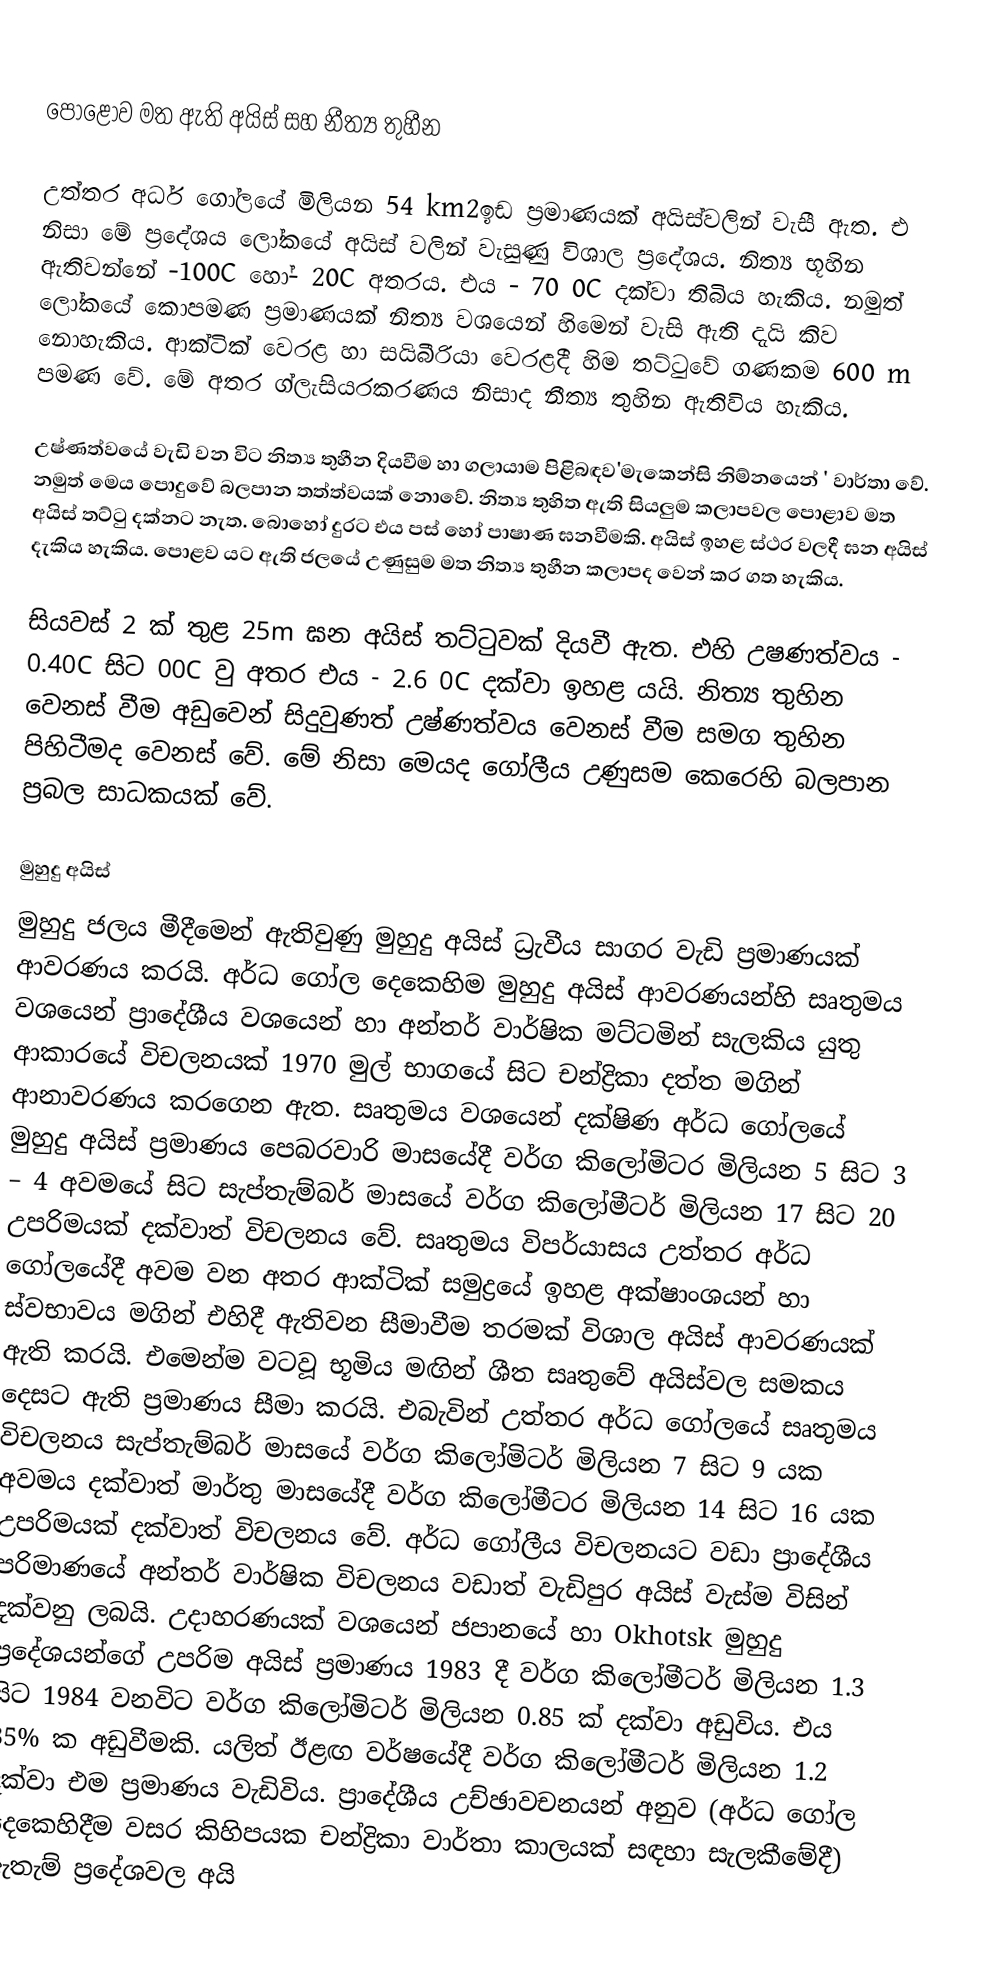

පොළොව මත ඇති අයිස් සහ නීත්‍ය තුහීන

උත්තර අර්ධ ගෝලයේ මිලියන 54 km2ඉඩ ප්‍රමාණයක් අයිස්වලින් වැසී ඇත. එ නිසා මේ ප්‍රදේශය ලෝකයේ අයිස් වලින් වැසුණු විශාල ප්‍රදේශය. නිත්‍ය භූහින ඇතිවන්නේ -100C හෝ- 20C අතරය. එය - 70 0C දක්වා තිබිය හැකිය. නමුත් ලෝකයේ කොපමණ ප්‍රමාණයක් නිත්‍ය වශයෙන් හිමෙන් වැසි ඇති දැයි කිව නොහැකිය. ආක්ටික් වෙරළ හා සයිබීරියා වෙරළදී හිම තට්ටුවේ ගණකම 600 m පමණ වේ. මේ අතර ග්ලැසියරකරණය නිසාද නීත්‍ය තුහින ඇතිවිය හැකිය.

උෂ්ණත්වයේ වැඩි වන විට නිත්‍ය තුහීන දියවීම හා ගලායාම පිළිබඳව'මැකෙන්සි නිම්නයෙන් ' වාර්තා වේ. නමුත් මෙය පොදුවේ බලපාන තත්ත්වයක් නොවේ. නිත්‍ය තුහිත ඇති සියලුම කලාපවල පොළාව මත අයිස් තට්ටු දක්නට නැත. බොහෝ දුරට එය පස් හෝ පාෂාණ ඝනවීමකි. අයිස් ඉහළ ස්ථර වලදී ඝන අයිස් දැකිය හැකිය. පොළව යට ඇති ජලයේ උණුසුම මත නිත්‍ය තුහීන කලාපද වෙන් කර ගත හැකිය.

සියවස් 2 ක් තුළ 25m ඝන අයිස් තට්ටුවක් දියවී ඇත. එහි උෂණත්වය - 0.40C සිට 00C වු අතර එය - 2.6 0C දක්වා ඉහළ යයි. නිත්‍ය තුහින වෙනස් වීම අඩුවෙන් සිදුවුණත් උෂ්ණත්වය වෙනස් වීම සමග තුහින පිහිටීමද වෙනස් වේ. මේ නිසා මෙයද ගෝලීය උණුසම කෙරෙහි බලපාන ප්‍රබල සාධකයක් වේ.

මුහුදු අයිස්
මුහුදු ජලය මීදීමෙන් ඇතිවුණු මුහුදු අයිස් ධ්‍රැවීය සාගර වැඩි ප්‍රමාණයක් ආවරණය කරයි. අර්ධ ගෝල දෙකෙහිම මුහුදු අයිස් ආවරණයන්හි සෘතුමය වශයෙන් ප්‍රාදේශීය වශයෙන් හා අන්තර් වාර්ෂික මට්ටමින් සැලකිය යුතු ආකාරයේ විචලනයක් 1970 මුල් භාගයේ සිට චන්ද්‍රිකා දත්ත මගින් ආනාවරණය කරගෙන ඇත. සෘතුමය වශයෙන් දක්ෂිණ අර්ධ ගෝලයේ මුහුදු අයිස් ප්‍රමාණය පෙබරවාරි මාසයේදී වර්ග කිලෝමිටර මිලියන 5 සිට 3 – 4 අවමයේ සිට සැප්තැම්බර් මාසයේ වර්ග කිලෝමීටර් මිලියන 17 සිට 20 උපරිමයක් දක්වාත් විචලනය වේ. සෘතුමය විපර්යාසය උත්තර අර්ධ ගෝලයේදී අවම වන අතර ආක්ටික් සමුද්‍රයේ ඉහළ අක්ෂාංශයන් හා ස්වභාවය මගින් එහිදී ඇතිවන සීමාවීම තරමක් විශාල අයිස් ආවරණයක් ඇති කරයි. එමෙන්ම වටවූ භූමිය මඟින් ශීත සෘතුවේ අයිස්වල සමකය දෙසට ඇති ප්‍රමාණය සීමා කරයි. එබැවින් උත්තර අර්ධ ගෝලයේ සෘතුමය විචලනය සැප්තැම්බර් මාසයේ වර්ග කිලෝමිටර් මිලියන 7 සිට 9 යක අවමය දක්වාත් මාර්තු මාසයේදී වර්ග කිලෝමීටර මිලියන 14 සිට 16 යක උපරිමයක් දක්වාත් විචලනය වේ. අර්ධ ගෝලීය විචලනයට වඩා ප්‍රාදේශීය පරිමාණයේ අන්තර් වාර්ෂික විචලනය වඩාත් වැඩිපුර අයිස් වැස්ම විසින් දක්වනු ලබයි. උදාහරණයක් වශයෙන් ජපානයේ හා Okhotsk මුහුදු ප්‍රදේශයන්ගේ උපරිම අයිස් ප්‍රමාණය 1983 දී වර්ග කිලෝමීටර් මිලියන 1.3 සිට 1984 වනවිට වර්ග කිලෝමිටර් මිලියන 0.85 ක් දක්වා අඩුවිය. එය 35% ක අඩුවීමකි. යලිත් ඊළඟ වර්ෂයේදී වර්ග කිලෝමීටර් මිලියන 1.2 දක්වා එම ප්‍රමාණය වැඩිවිය. ප්‍රාදේශීය උච්ඡාවචනයන් අනුව (අර්ධ ගෝල දෙකෙහිදීම වසර කිහිපයක චන්ද්‍රිකා වාර්තා කාලයක් සඳහා සැලකීමේදී) ඇතැම් ප්‍රදේශවල අයි